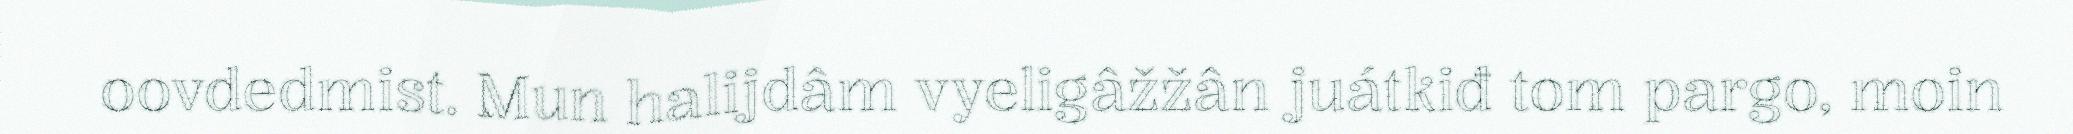
oovdedmist. Mun halijdâm vyeligâžžân juátkiđ tom pargo, moin